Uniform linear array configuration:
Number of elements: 8
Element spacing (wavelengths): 0.75
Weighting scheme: exponential
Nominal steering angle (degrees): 30
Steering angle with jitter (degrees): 30.43
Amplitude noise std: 0.05
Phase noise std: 0.05

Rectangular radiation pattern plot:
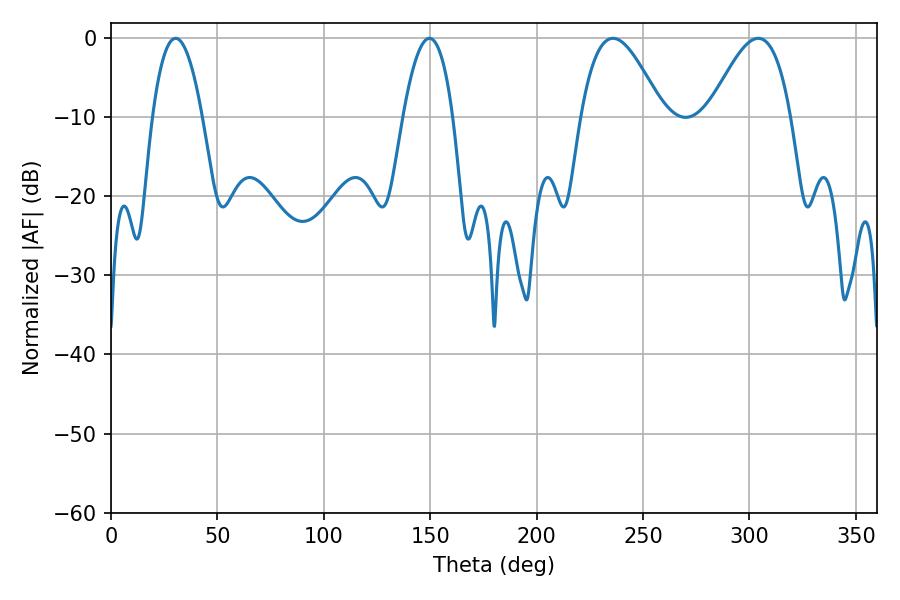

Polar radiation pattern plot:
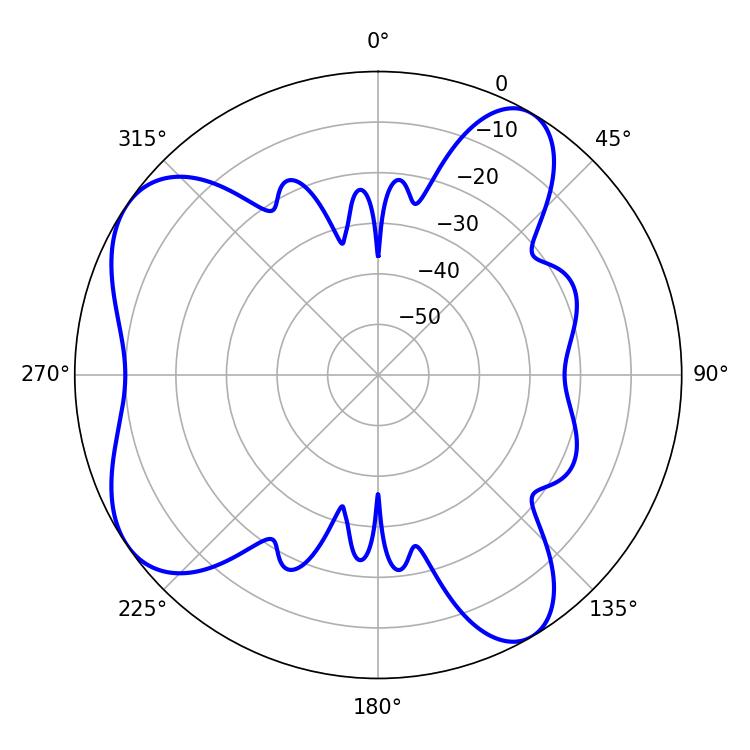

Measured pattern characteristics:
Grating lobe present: TRUE
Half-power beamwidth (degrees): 20.7
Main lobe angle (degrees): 235.8